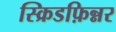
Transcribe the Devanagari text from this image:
स्क्रिडफ़िन्नर